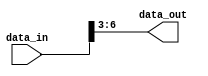
module part_select_assign(
    input [7:0] data_in,
    output [3:0] data_out
);

assign data_out = data_in[6:3]; // Select bits 6 to 3 from data_in and assign them to data_out

endmodule